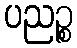
ပညဉ္စ